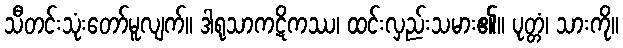
သီတင်းသုံးတော်မူလျက်။ ဒါရုသာကဋိကဿ၊ ထင်းလှည်းသမား၏။ ပုတ္တံ၊ သားကို။